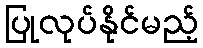
ပြုလုပ်နိုင်မည့်